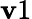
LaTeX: \mathbf{v}1